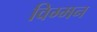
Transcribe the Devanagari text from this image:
विग्मन